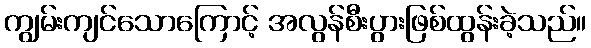
ကျွမ်းကျင်သောကြောင့် အလွန်စီးပွားဖြစ်ထွန်းခဲ့သည်။